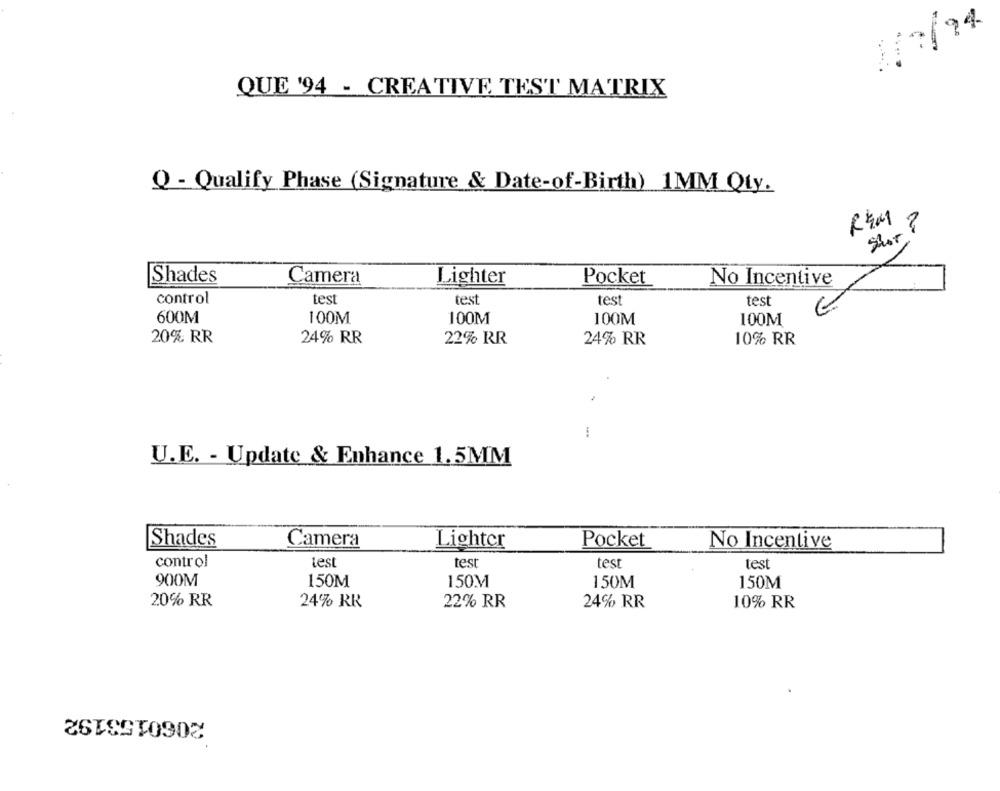
194
QUE '94 - CREATIVE TEST MATRIX
Q - Qualify Phase (Signature & Date-of-Birth) 1MM Qty.
Stor ?
Shades
Camera
Lighter
Pocket
No Incentive
control
test
test
test
test
600M
100M
100M
100M
100M
20% RR
24% RR
10% RR
22% RR
24% RR
--
U.E. - Update & Enhance 1.5MM
Shades
Camera
Lighter
Pocket
No Incentive
control
test
test
test
test
900M
150M
150M
150M
150M
20% RR
24% RR
22% RR
24% RR
10% RR
2060153192